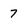
Character: 7